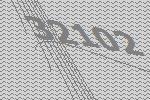
32102